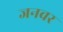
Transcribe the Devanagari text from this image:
जनवर